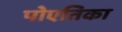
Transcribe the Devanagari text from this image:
पोएतिका